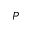
P